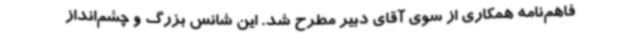
فاهم‌نامه همکاری از سوی آقای دبیر مطرح شد. این شانس بزرگ و چشم‌انداز